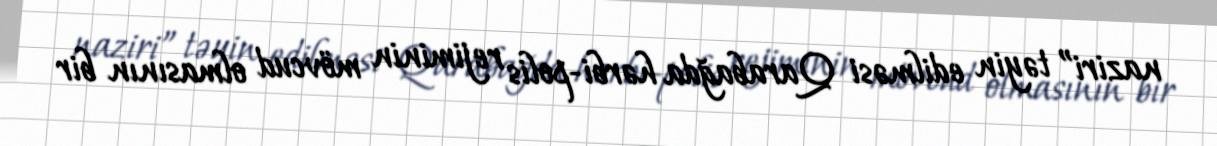
naziri” təyin edilməsi Qarabağda hərbi-polis rejiminin mövcud olmasının bir